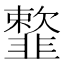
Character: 𩐋